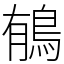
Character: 䳑